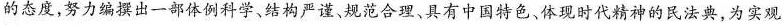
的态度，努力编撰出一部体例科学、结构严谨、规范合理、具有中国特色、体现时代精神的民法典，为实观